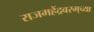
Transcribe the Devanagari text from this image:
राजमहेंद्रवरम्‌च्या